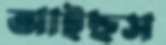
আইছস